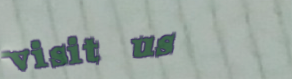
visit us